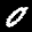
Label: 0